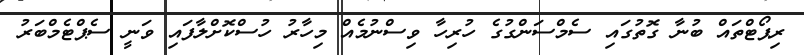
ރިޕޯޓްތައް ބުނާ ގޮތުގައި ސެމްސަންގުގެ ހުރިހާ ވިސްނުމެއް މިހާރު ހުސްކޮށްލާފައި ވަނީ ސެޕްޓެމްބަރު